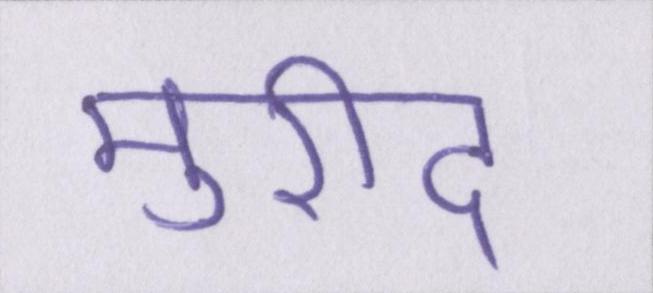
मुरीद